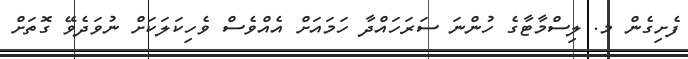
ފެށިގެން މ. ލިސްމާޓާގެ ހުންނަ ސަރަހައްދާ ހަމައަށް އެއްވެސް ވެހިކަލަކަށް ނުވަދެވޭ ގޮތަށް